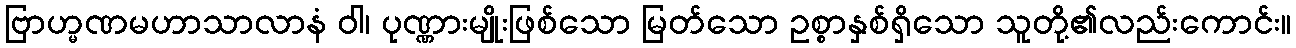
ဗြာဟ္မဏမဟာသာလာနံ ဝါ၊ ပုဏ္ဏားမျိုးဖြစ်သော မြတ်သော ဥစ္စာနှစ်ရှိသော သူတို့၏လည်းကောင်း။